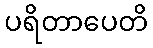
ပရိတာပေတိ